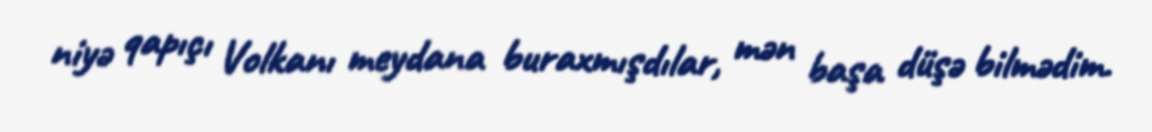
niyə qapıçı Volkanı meydana buraxmışdılar, mən başa düşə bilmədim.